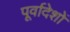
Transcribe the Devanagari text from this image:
पूर्वादेशों